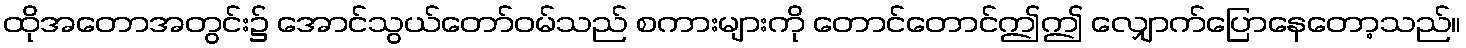
ထိုအတောအတွင်း၌ အောင်သွယ်တော်ဝမ်သည် စကားများကို တောင်တောင်ဤဤ လျှောက်ပြောနေတော့သည်။